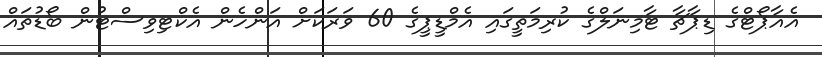
އެއާޕޯޓްގެ ޑިޕާޗާ ޓާމިނަލްގެ ކުރިމަތީގައި އެމްޑީޕީގެ 60 ވަރަކަށް އަންހެން އެކްޓިވިސްޓުން ބޯޑުތައް